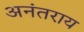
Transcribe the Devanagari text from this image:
अनंतराय